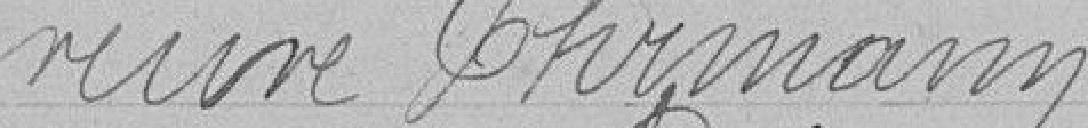
veuve Ehrmann.